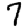
Digit: 7